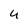
Character: 4